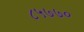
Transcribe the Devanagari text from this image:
८५७७०